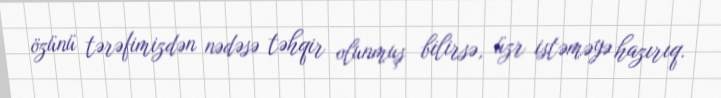
özünü tərəfimizdən nədəsə təhqir olunmuş bilirsə, üzr istəməyə hazırıq.